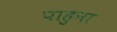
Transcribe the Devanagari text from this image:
पाहुना